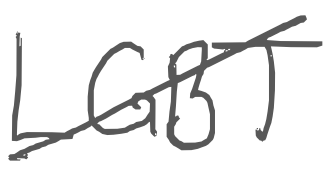
Text: LGBT
Cross-out: diagonal
Writing tool: digital_gray